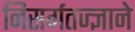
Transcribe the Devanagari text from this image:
निसर्गतज्‍ज्ञाने